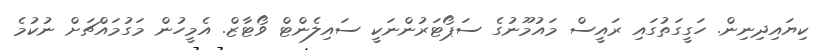
ކިޔައިދިނިން. ހަގީގަތުގައި ރައީސް މައުމޫނުގެ ސަޕޯޓަރުންނަކީ ސައިލެންޓް ވޯޓާޒް. އެމީހުން މަގުމައްޗަށް ނުކުމެ